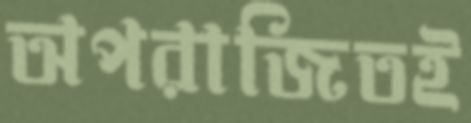
অপরাজিতই